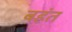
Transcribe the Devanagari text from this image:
बहंत